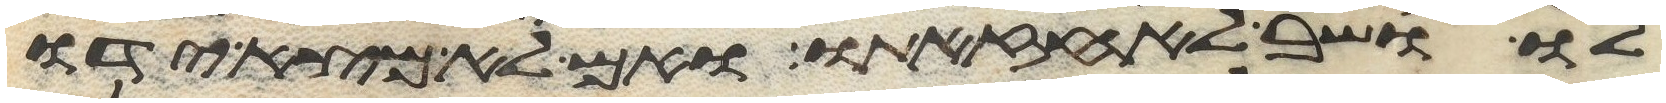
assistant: לו ושב לאחזתו ואם לא מצא ידו